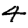
Digit: 4